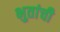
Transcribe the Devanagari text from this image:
भुतांची